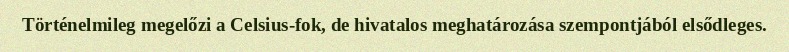
Történelmileg megelőzi a Celsius-fok, de hivatalos meghatározása szempontjából elsődleges.